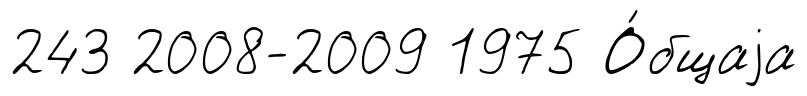
243 2008-2009 1975 О́бщаjа